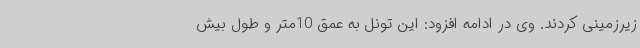
زیرزمینی کردند. وی در ادامه افزود: این تونل به عمق 10متر و طول بیش